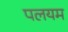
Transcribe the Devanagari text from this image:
पलयम